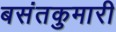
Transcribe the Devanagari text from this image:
बसंतकुमारी